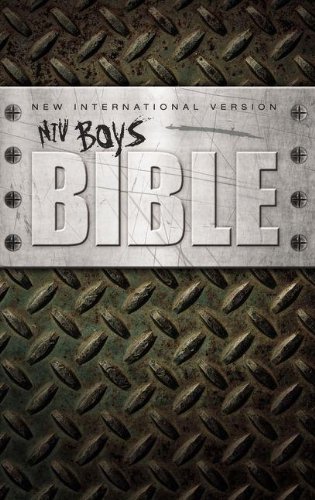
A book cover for NIV Boys Bible; Zondervan; Christian Books & Bibles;